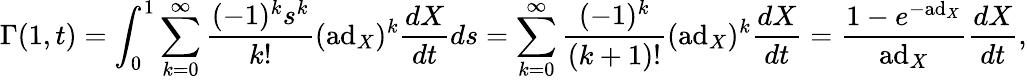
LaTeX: \Gamma(1,t)=\int_{0}^{1}\sum_{k=0}^{\infty}{\frac{(-1)^{k}s^{k}}{k!}}(\mathrm{ad}_{X})^{k}{\frac{dX}{dt}}ds=\sum_{k=0}^{\infty}{\frac{(-1)^{k}}{(k+1)!}}(\mathrm{ad}_{X})^{k}{\frac{dX}{dt}}={\frac{1-e^{-\mathrm{ad}_{X}}}{\mathrm{ad}_{X}}}{\frac{dX}{dt}},